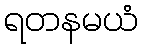
ရတနမယံ